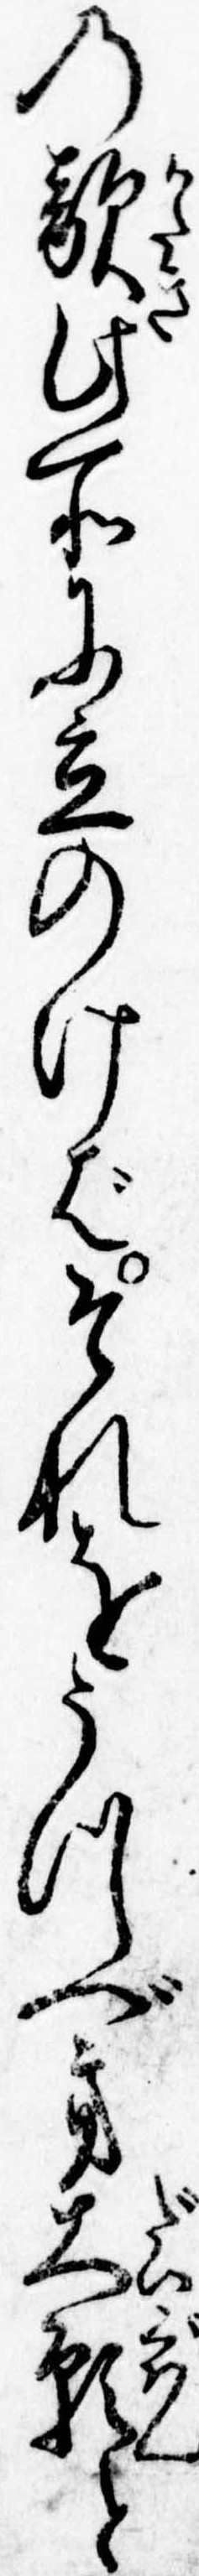
の敵此所に立のけばそれをうつべき大願と